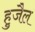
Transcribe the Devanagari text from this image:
हुजैल